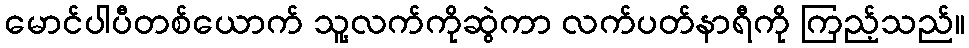
မောင်ပါပီတစ်ယောက် သူ့လက်ကိုဆွဲကာ လက်ပတ်နာရီကို ကြည့်သည်။